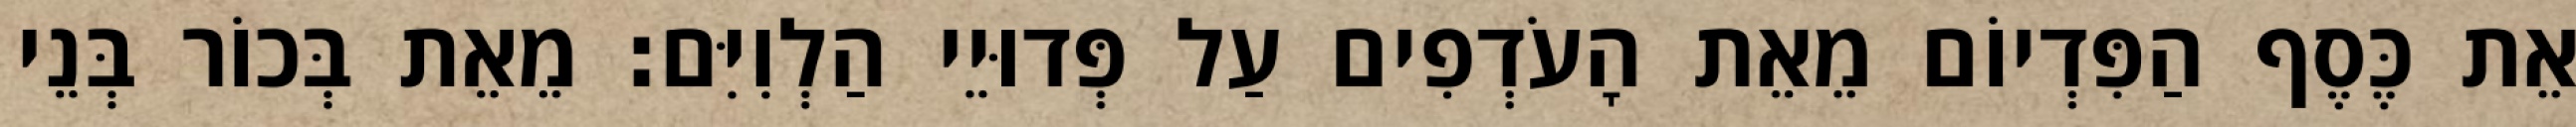
אֵת כֶּסֶף הַפִּדְיוֹם מֵאֵת הָעֹדְפִים עַל פְּדוּיֵי הַלְוִיִּם׃ מֵאֵת בְּכוֹר בְּנֵי